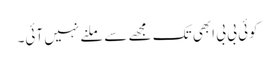
کوئی بی بی ابھی تک مجھے سے ملنے نہیں آئی۔